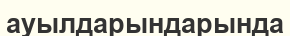
ауылдарындарында